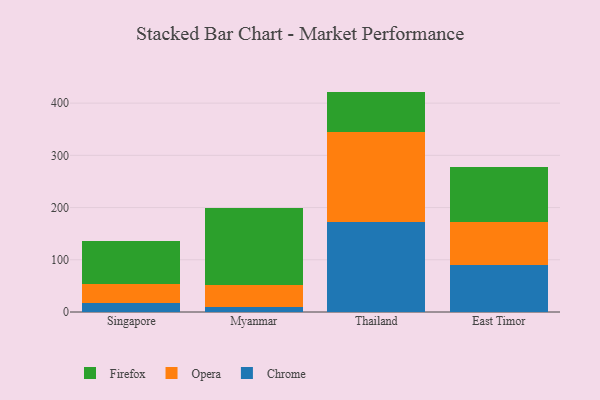
{"axis": {"x": "Country", "y": "Active Users"}, "legend": ["Chrome", "Firefox", "Opera"], "data": [{"x": "Singapore", "y": 16.6, "type": "Chrome"}, {"x": "Singapore", "y": 37.7, "type": "Opera"}, {"x": "Singapore", "y": 81.1, "type": "Firefox"}, {"x": "Myanmar", "y": 9.8, "type": "Chrome"}, {"x": "Myanmar", "y": 42.6, "type": "Opera"}, {"x": "Myanmar", "y": 147.1, "type": "Firefox"}, {"x": "Thailand", "y": 172.2, "type": "Chrome"}, {"x": "Thailand", "y": 172.6, "type": "Opera"}, {"x": "Thailand", "y": 77.3, "type": "Firefox"}, {"x": "East Timor", "y": 90.8, "type": "Chrome"}, {"x": "East Timor", "y": 82.1, "type": "Opera"}, {"x": "East Timor", "y": 103.9, "type": "Firefox"}]}